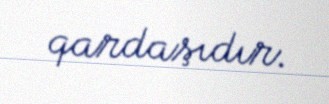
qardaşıdır.